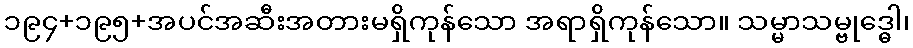
၁၉၄+၁၉၅+အပင်အဆီးအတားမရှိကုန်သော အရာရှိကုန်သော။ သမ္မာသမ္ဗုဒ္ဓေါ၊